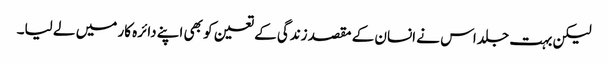
لیکن بہت جلد اس نے انسان کے مقصد زندگی کے تعین کو بھی اپنے دائرہ کار میں لے لیا۔